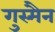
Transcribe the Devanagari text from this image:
गुस्मैन